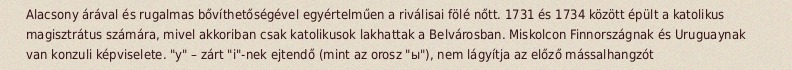
Alacsony árával és rugalmas bővíthetőségével egyértelműen a riválisai fölé nőtt. 1731 és 1734 között épült a katolikus magisztrátus számára, mivel akkoriban csak katolikusok lakhattak a Belvárosban. Miskolcon Finnországnak és Uruguaynak van konzuli képviselete. "y" – zárt "i"-nek ejtendő (mint az orosz "ы"), nem lágyítja az előző mássalhangzót